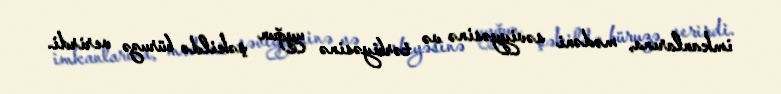
imkanlarına, mədəni səviyyəsinə və tərbiyəsinə uyğun şəkildə büruzə verirdi.